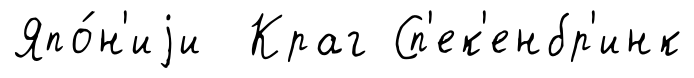
Япо́н'иjи Краг Сп'ек'енбр'инк